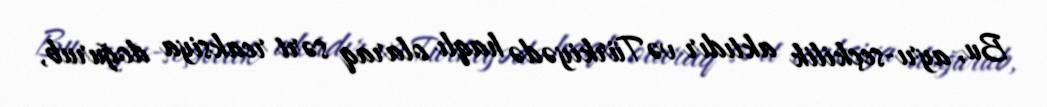
Bu, ayrı-seçkilik aktıdır və Türkiyədə haqlı olaraq sərt reaksiya doğurub,